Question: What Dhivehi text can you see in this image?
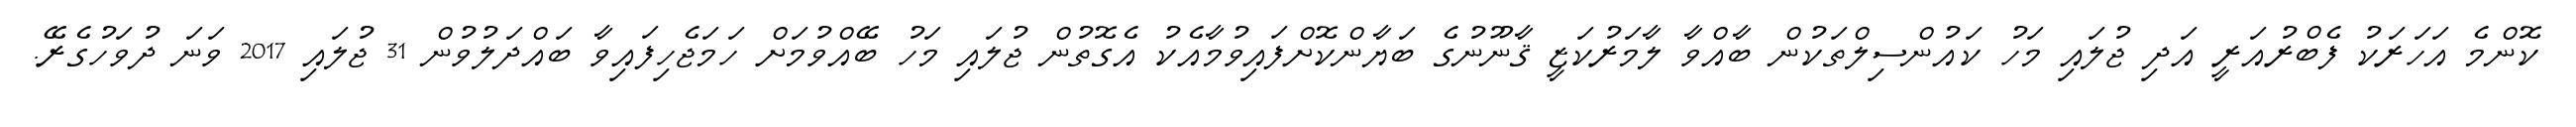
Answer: ކޮންމެ އަހަރަކު ފެބްރުއަރީ އަދި ޖުލައި މަހު ކައުންސިލްތަކުން ބާއްވާ ލާމަރުކަޒީ ޤާނޫނުގެ ބަޔާންކޮށްފައިވުމާއެކު އެގޮތުން ޖުލައި މަހު ބޭއްވުމަށް ހަމަޖެހިފައިވާ ބައްދަލުވުން 31 ޖުލައި 2017 ވަނަ ދުވަހުގެރޭ.